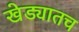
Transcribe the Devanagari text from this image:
खेड्यातच